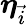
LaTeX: \boldsymbol{\eta}_{\vec{i}}